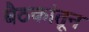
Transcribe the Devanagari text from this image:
बैठकांतून